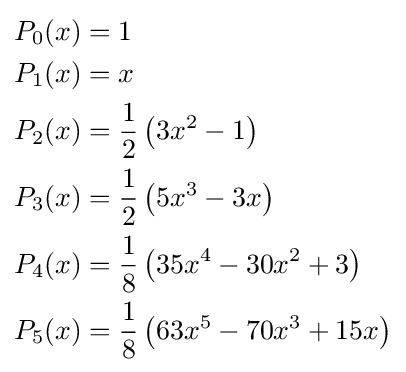
{\begin{aligned}P_{0}(x)&=1\\P_{1}(x)&=x\\P_{2}(x)&={\frac {1}{2}}\left(3x^{2}-1\right)\\P_{3}(x)&={\frac {1}{2}}\left(5x^{3}-3x\right)\\P_{4}(x)&={\frac {1}{8}}\left(35x^{4}-30x^{2}+3\right)\\P_{5}(x)&={\frac {1}{8}}\left(63x^{5}-70x^{3}+15x\right)\\\end{aligned}}